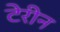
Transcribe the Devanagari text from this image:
टेरीन